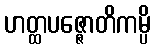
ဟတ္ထပဇ္ဇောတိကမ္ပိ